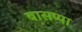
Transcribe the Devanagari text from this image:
बासप्पा